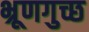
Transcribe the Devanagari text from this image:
भ्रूणगुच्छ